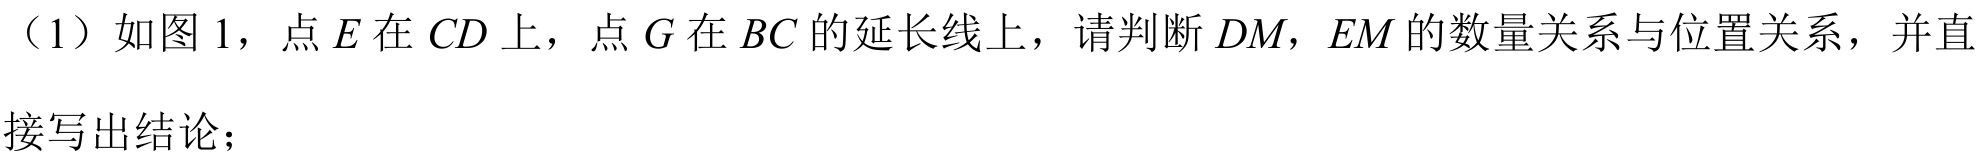
（1）如图 1，点\(E\)在\(CD\)上，点\(G\)在\(BC\)的延长线上，请判断\(DM\)，\(EM\)的数量关系与位置关系，并直
接写出结论；